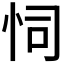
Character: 𢘜